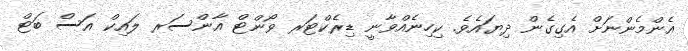
އެންމެންނަށް އެގިގެން ދިޔައެވެ. ކިހިނެއްވާނީ ޑިރެކްޓަރ ވޯންޓް އާންސަރ ލައިކް އަސް ބަޓް